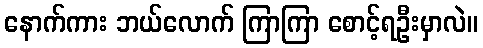
နောက်ကား ဘယ်လောက် ကြာကြာ စောင့်ရဦးမှာလဲ။